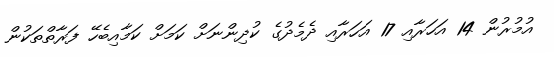
އުމުރުން 14 އަހަރާއި 17 އަހަރާއި ދެމެދުގެ ކުދިންނަށް ކަމަށް ކަމާއިބެހޭ ފަރާތްތަކުން